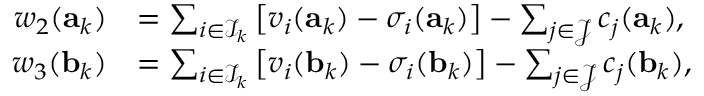
\begin{array} { r l } { w _ { 2 } ( \mathbf { a } _ { k } ) } & { = \sum _ { i \in \mathcal { I } _ { k } } \left[ v _ { i } ( \mathbf { a } _ { k } ) - \sigma _ { i } ( \mathbf { a } _ { k } ) \right] - \sum _ { j \in \mathcal { J } } c _ { j } ( \mathbf { a } _ { k } ) , } \\ { w _ { 3 } ( \mathbf { b } _ { k } ) } & { = \sum _ { i \in \mathcal { I } _ { k } } \left[ v _ { i } ( \mathbf { b } _ { k } ) - \sigma _ { i } ( \mathbf { b } _ { k } ) \right] - \sum _ { j \in \mathcal { J } } c _ { j } ( \mathbf { b } _ { k } ) , } \end{array}